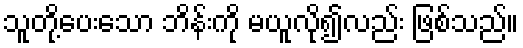
သူတို့ပေးသော ဘိန်းကို မယူလို၍လည်း ဖြစ်သည်။